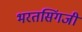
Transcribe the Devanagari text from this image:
भरतसिंगजी